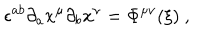
LaTeX: \epsilon ^ { a b } \partial _ { a } x ^ { \mu } \partial _ { b } x ^ { \nu } = \Phi ^ { \mu \nu } ( { \xi } ) \ ,